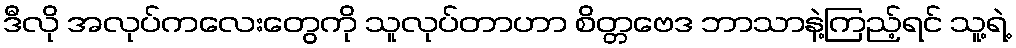
ဒီလို အလုပ်ကလေးတွေကို သူလုပ်တာဟာ စိတ္တဗေဒ ဘာသာနဲ့ကြည့်ရင် သူ့ရဲ့